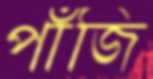
পাঁজি